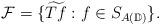
LaTeX: \begin{align*}\mathcal{F}=\{\widetilde{Tf}: f \in S_{A(\mathbb{D})}\}.\end{align*}